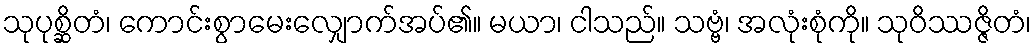
သုပုစ္ဆိတံ၊ ကောင်းစွာမေးလျှောက်အပ်၏။ မယာ၊ ငါသည်။ သဗ္ဗံ၊ အလုံးစုံကို။ သုဝိဿဇ္ဇိတံ၊